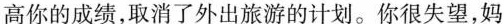
高你的成绩，取消了外出旅游的计划。你很失望，妈